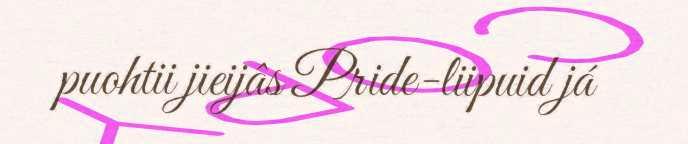
puohtii jieijâs Pride-liipuid já